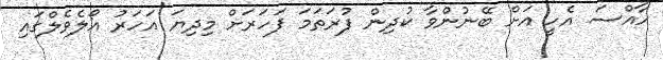
ހާއްސަ އެހީ އަށް ބޭނުންވާ ކުދިން ފުރަތަމަ ފަހަރަށް މިދިޔަ އަހަރު އޯލެވެލްގައި